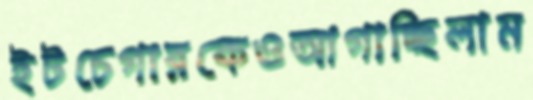
ইটচেগারকেওআগাচ্ছিলাম